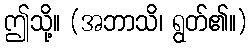
ဤသို့။ (အဘာသိ၊ ရွတ်၏။)